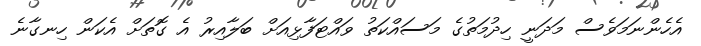
އެހެންނަމަވެސް މަދަނީ ހިދުމަތުގެ މަސައްކަތު ވައްޓަފާޅިއަށް ބަލާއިރު އެ ގޮތަށް އެކަން ހިނގާނެ